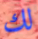
لك